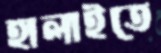
হালাইতে